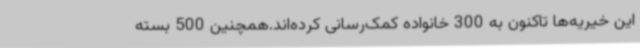
این خیریه‌ها تاکنون به 300 خانواده کمک‌رسانی کرده‌اند.همچنین 500 بسته